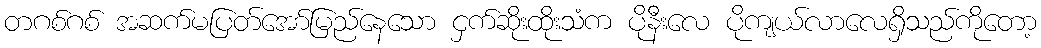
တဂစ်ဂစ် အဆက်မပြတ်အော်မြည်နေသော ငှက်ဆိုးထိုးသံက ပိုနီးလေ ပိုကျယ်လာလေရှိသည်ကိုတော့